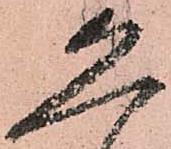
恐